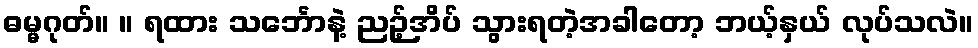
ဓမ္မဂုတ်။ ။ ရထား သင်္ဘောနဲ့ ညဉ့်အိပ် သွားရတဲ့အခါတော့ ဘယ့်နှယ် လုပ်သလဲ။